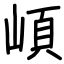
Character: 崸